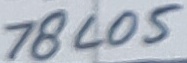
Text: 78L05